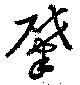
肇